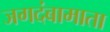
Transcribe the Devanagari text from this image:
जगदंबामाता